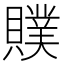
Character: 贌